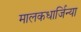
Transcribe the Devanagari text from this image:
मालकधार्जिन्या